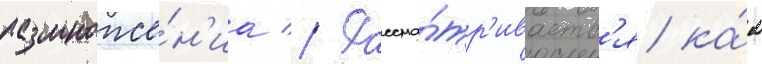
размноже́н'иа // Рассма́тр'иваетс'я ка́к